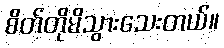
စိတ်တိုမိသွားသေးတယ်။